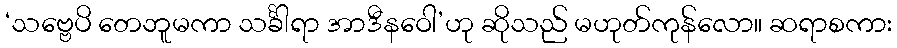
‘သဗ္ဗေပိ တေဘူမကာ သင်္ခါရာ အာဒီနဝေါ’ဟု ဆိုသည် မဟုတ်ကုန်လော။ ဆရာစကား